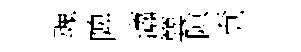
魂陴瀟簨隙覔